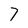
Character: 7